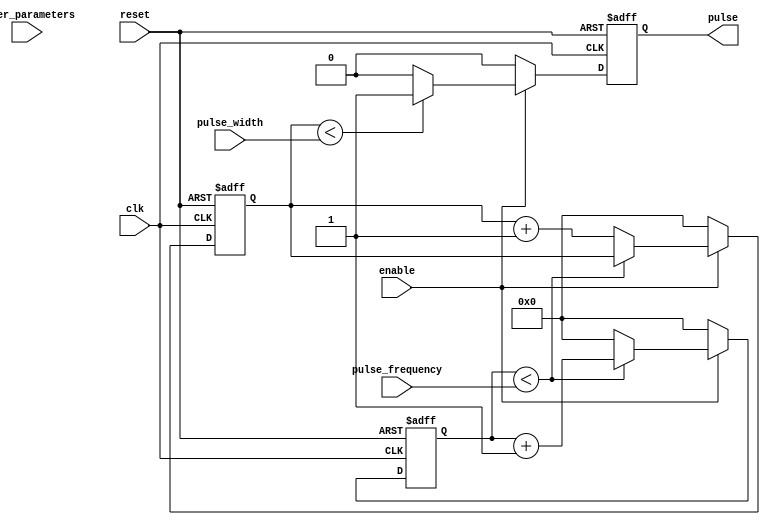
module ProgrammablePulseGenerator (
    input wire clk,
    input wire reset,
    input wire enable,
    input wire [31:0] pulse_width,
    input wire [31:0] pulse_frequency,
    input wire [31:0] other_parameters,
    output reg pulse
);

reg [31:0] counter;
reg [31:0] timer;

always @ (posedge clk or posedge reset) begin
    if (reset) begin
        counter <= 0;
        timer <= 0;
        pulse <= 0;
    end else begin
        if (enable) begin
            if (counter < pulse_width) begin
                pulse <= 1;
            end else begin
                pulse <= 0;
            end
            
            if (timer < pulse_frequency) begin
                timer <= timer + 1;
            end else begin
                timer <= 0;
                counter <= counter + 1;
            end
        end else begin
            counter <= 0;
            timer <= 0;
            pulse <= 0;
        end
    end
end

endmodule